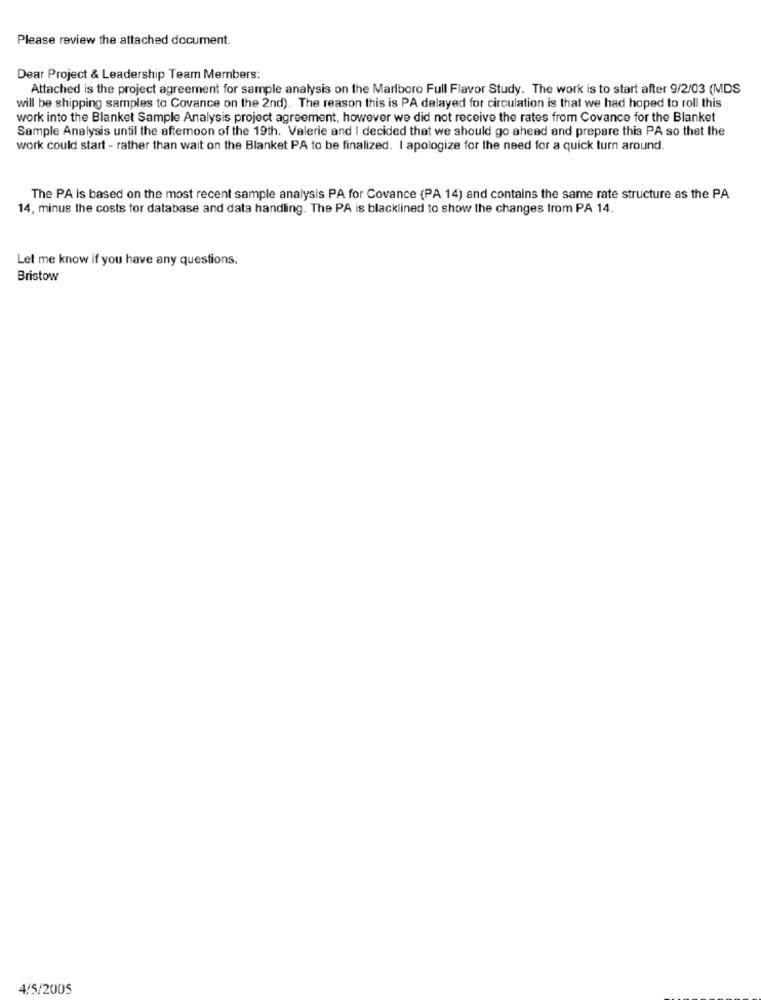
Please review the attached document.
Dear Project & Leadership Team Members:
Attached is the project agreement for sample analysis on the Marlboro Full Flavor Study. The work is to start after 9/2/03 (MDS
will be shipping samples to Covance on the 2nd). The reason this is PA delayed for circulation is that we had hoped to roll this
work into the Blanket Sample Analysis project agreement, however we did not receive the rates from Covance for the Blanket
Sample Analysis until the afternoon of the 19th. Valerie and I decided that we should go ahead and prepare this PA so that the
work could start - rather than wait on the Blanket PA to be finalized. I apologize for the need for a quick turn around.
The PA is based on the most recent sample analysis PA for Covance (PA 14) and contains the same rate structure as the PA
14, minus the costs for database and data handling. The PA is blacklined to show the changes from PA 14.
Let me know if you have any questions.
Bristow
4/5/2005